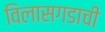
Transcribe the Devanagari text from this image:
विलासगडाची